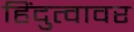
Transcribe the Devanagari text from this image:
हिंदुत्वावर